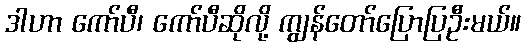
ဒါဟာ ကော်ပီ၊ ကော်ပီဆိုလို့ ကျွန်တော်ပြောပြဦးမယ်။